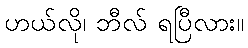
ဟယ်လို၊ ဘီလ် ရပြီလား။